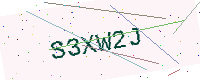
Text: S3XW2J